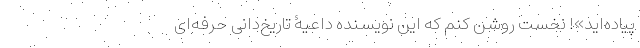
پیاده‌اید»! نخست روشن کنم که این نویسنده داعیۀ تاریخ‌دانی حرفه‌ای